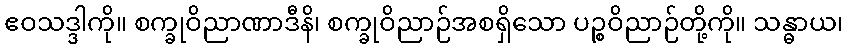
ဧဝသဒ္ဒါကို။ စက္ခုဝိညာဏာဒီနိ၊ စက္ခုဝိညာဉ်အစရှိသော ပဉ္စဝိညာဉ်တို့ကို။ သန္ဓာယ၊